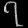
Digit: ၇